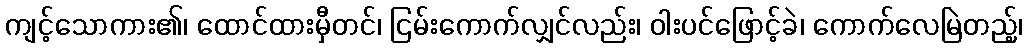
ကျင့်သောကား၏၊ ထောင်ထားမှီတင်၊ ငြမ်းကောက်လျှင်လည်း၊ ဝါးပင်ဖြောင့်ခဲ၊ ကောက်လေမြဲတည့်၊